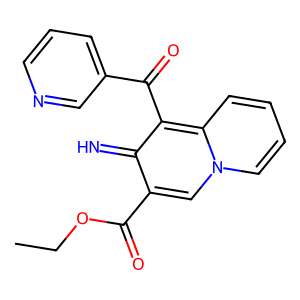
SMILES: CCOC(=O)c1cn2ccccc2c(C(=O)c2cccnc2)c1=N
Inhibits HIV replication: No